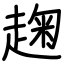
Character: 趜